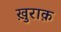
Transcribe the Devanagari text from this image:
ख़ुराक़